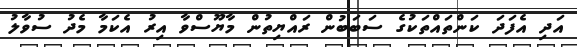
އަދި އެފަދަ ކަންތައްތަކުގެ ސަބަބުން ރައްޔިތުން މާޔޫސްވާ އިރު އެކަމާ މެދު ސުވާލު